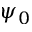
\psi _ { 0 }